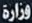
وزارة